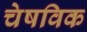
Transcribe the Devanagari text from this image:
चेषविक